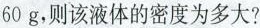
60g，则该液体的密度为多大?